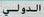
الدولي